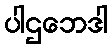
ပါဌဘေဒါ